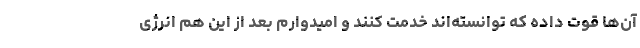
آن‌ها قوت داده که توانسته‌اند خدمت کنند و امیدوارم بعد از این هم انرژی